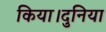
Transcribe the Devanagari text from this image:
किया।दुनिया